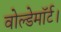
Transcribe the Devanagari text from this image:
वोल्डेमॉर्ट।